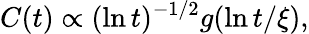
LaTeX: C(t)\propto(\ln t)^{-1/2}g(\ln t/\xi),